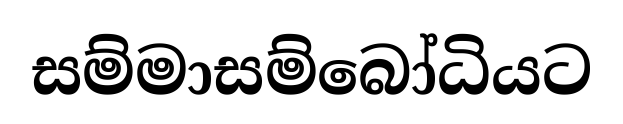
සම්මාසම්බෝධියට